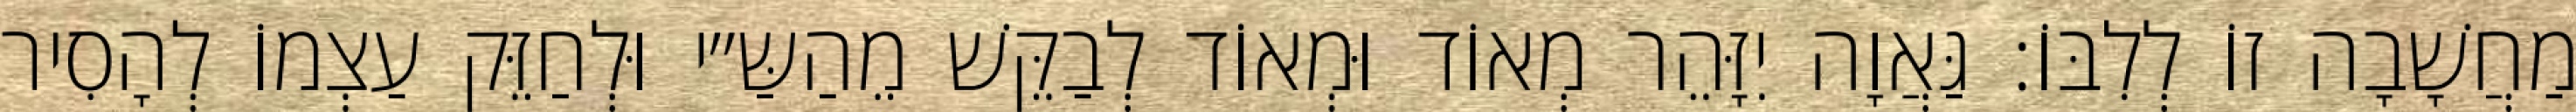
מַחֲשָׁבָה זוֹ לְלִבּוֹ: גַּאֲוָה יִזָּהֵר מְאוֹד וּמְאוֹד לְבַקֵּשׁ מֵהַשַּ״י וּלְחַזֵּק עַצְמוֹ לְהָסִיר